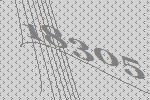
18305